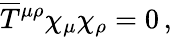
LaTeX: \overline{{T}}{^{\mu\rho}}\chi_{\mu}\chi_{\rho}=0\, ,